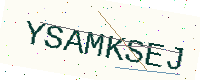
Text: YSAMKSEJ